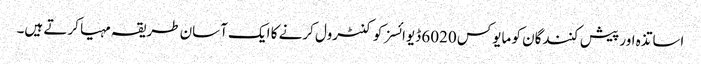
اساتذہ اور پیش کنندگان کو مایوکس 6020 ڈیوائسز کو کنٹرول کرنے کا ایک آسان طریقہ مہیا کرتے ہیں۔